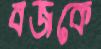
বজকে